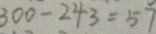
3 0 0 - 2 4 3 = 5 7